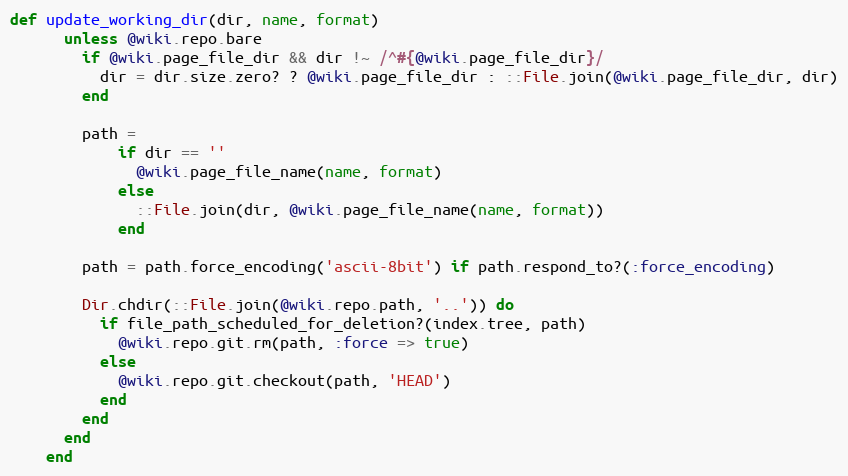
Language: Ruby
def update_working_dir(dir, name, format)
      unless @wiki.repo.bare
        if @wiki.page_file_dir && dir !~ /^#{@wiki.page_file_dir}/
          dir = dir.size.zero? ? @wiki.page_file_dir : ::File.join(@wiki.page_file_dir, dir)
        end

        path =
            if dir == ''
              @wiki.page_file_name(name, format)
            else
              ::File.join(dir, @wiki.page_file_name(name, format))
            end

        path = path.force_encoding('ascii-8bit') if path.respond_to?(:force_encoding)

        Dir.chdir(::File.join(@wiki.repo.path, '..')) do
          if file_path_scheduled_for_deletion?(index.tree, path)
            @wiki.repo.git.rm(path, :force => true)
          else
            @wiki.repo.git.checkout(path, 'HEAD')
          end
        end
      end
    end